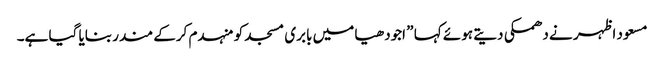
مسعود اظہر نے دھمکی دیتے ہوئے کہا ” اجودھیا میں بابری مسجد کو منہدم کرکے مندر بنایا گیا ہے۔